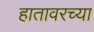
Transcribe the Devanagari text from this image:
हातावरच्या